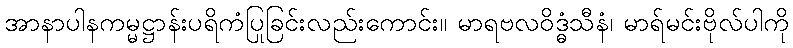
အာနာပါနကမ္မဋ္ဌာန်းပရိကံပြုခြင်းလည်းကောင်း။ မာရဗလဝိဒ္ဓံသီနံ၊ မာရ်မင်းဗိုလ်ပါကို